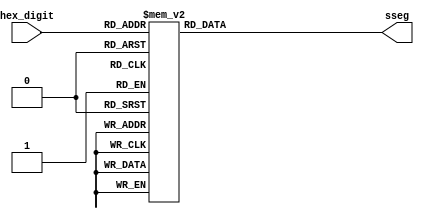
`timescale 1ns / 1ps
//////////////////////////////////////////////////////////////////////////////////
// Company: 
// Engineer: 
// 
// Design Name: 
// Module Name:    hex_7seg 
// Project Name: 
// Target Devices: 
// Tool versions: 
// Description: 
//
// Dependencies: 
//
// Revision: 
// Revision 0.01 - File Created
// Additional Comments: 
//
//////////////////////////////////////////////////////////////////////////////////
module hex2_7seg(
input [3:0] hex_digit,
output reg [6:0] sseg
);

always@(*) begin
	case(hex_digit)
//                  abcdefg
//                  6543210
		   0: sseg=7'b0000001;
		   1: sseg=7'b1001111;
		   2: sseg=7'b0010010;
		   3: sseg=7'b0000110;
		   4: sseg=7'b1001100;
		   5: sseg=7'b0100100;
		   6: sseg=7'b0100000;
		   7: sseg=7'b0001111;
		   8: sseg=7'b0000000;
		   9: sseg=7'b0001100;
		4'ha: sseg=7'b0001000;
		4'hb: sseg=7'b1100000;
		4'hc: sseg=7'b0110001;
		4'hd: sseg=7'b1000010;
		4'he: sseg=7'b0110000;
		4'hf: sseg=7'b0111000;
		default:sseg=7'b1111111;
	endcase
end

endmodule